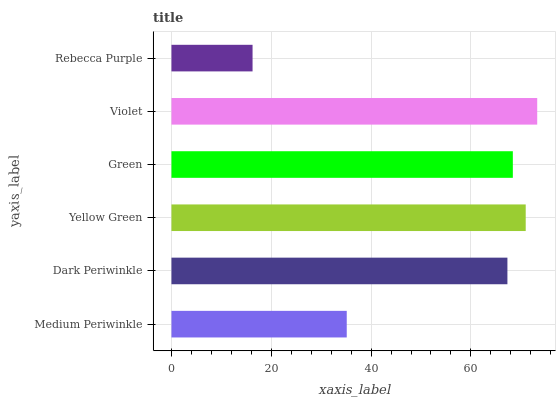
| yaxis_label | bars |
 | --- | --- |
 | Medium Periwinkle | 35.1 |
 | Dark Periwinkle | 67.3 |
 | Yellow Green | 71 |
 | Green | 68.4 |
 | Violet | 73.3 |
 | Rebecca Purple | 16.2 |